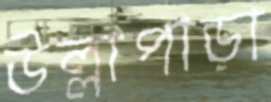
উল্লাপাড়া